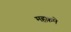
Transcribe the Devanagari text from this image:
महक़मे